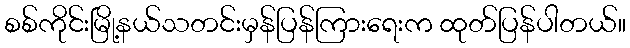
စစ်ကိုင်းမြို့နယ်သတင်းမှန်ပြန်ကြားရေးက ထုတ်ပြန်ပါတယ်။